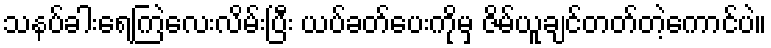
သနပ်ခါးရေကြဲလေးလိမ်းပြီး ယပ်ခတ်ပေးကိုမှ ဇိမ်ယူချင်တတ်တဲ့ကောင်ပဲ။